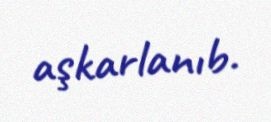
aşkarlanıb.